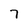
Character: 7